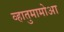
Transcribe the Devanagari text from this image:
व्हातुमामोआ